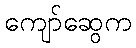
ကျော်ဆွေက